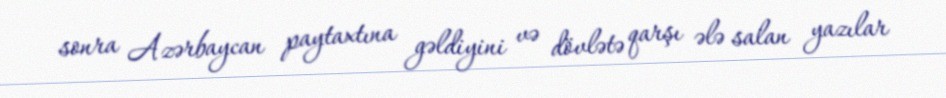
sonra Azərbaycan paytaxtına gəldiyini və dövlətə qarşı ələ salan yazılar